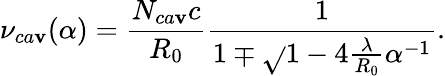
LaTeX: \nu_{ca\mathbf{v}}(\alpha)=\frac{{N_{ca\mathbf{v}}c}}{{R_{0}}}\frac{{1}}{{1\mp\sqrt{}{{1-4\frac{{\lambda}}{{R_{0}}}\alpha^{-1}}}}}.